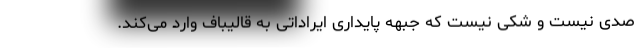
صدی نیست و شکی نیست که جبهه پایداری ایراداتی به قالیباف وارد می‌کند.